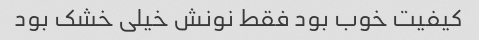
کیفیت خوب بود فقط نونش خیلی خشک بود